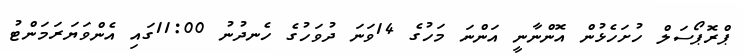
ޕްރޮޕޯސަލް ހުށަހެޅުން އޮންނާނީ އަންނަ މަހުގެ 14ވަނަ ދުވަހުގެ ހެނދުނު 11:00ގައި އެންވަޔަރަމަންޓު